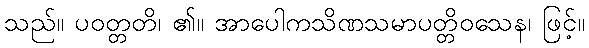
သည်။ ပဝတ္တတိ၊ ၏။ အာပေါကသိဏသမာပတ္တိဝသေန၊ ဖြင့်။